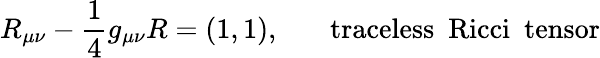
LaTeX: R_{\mu\nu}-\frac{1}{4}g_{\mu\nu}R=(1,1),~~~~~~~\mathrm{traceless~~Ricci~~tensor}